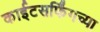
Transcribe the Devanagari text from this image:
काईटसर्फिंगच्या